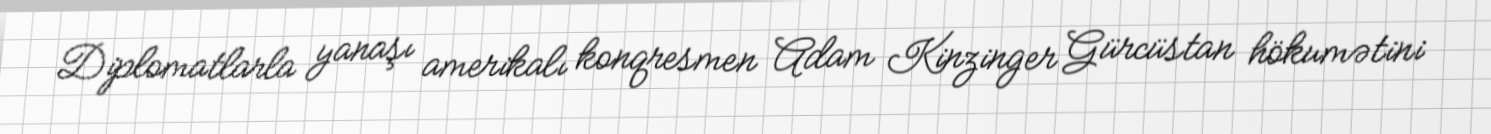
Diplomatlarla yanaşı amerikalı konqresmen Adam Kinzinger Gürcüstan hökumətini